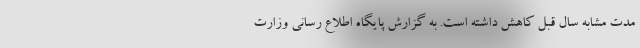
مدت مشابه سال قبل کاهش داشته است. به گزارش پایگاه اطلاع رسانی وزارت